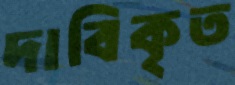
দাবিকৃত